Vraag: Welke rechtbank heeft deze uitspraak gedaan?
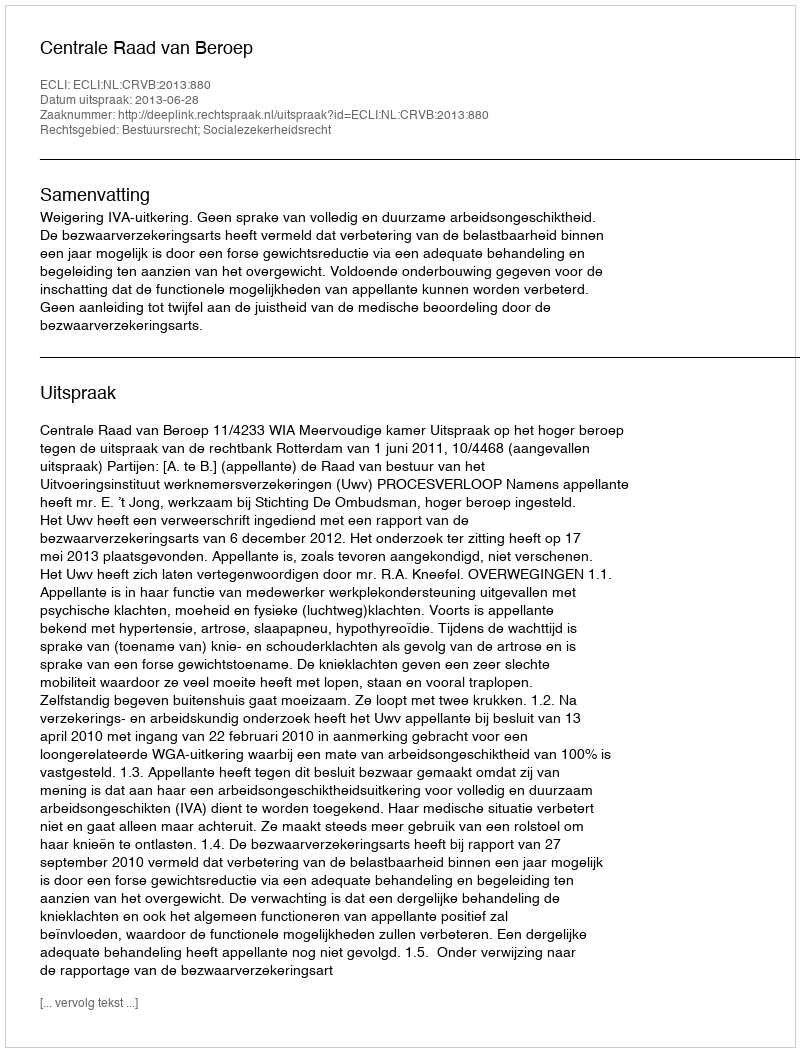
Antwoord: Centrale Raad van Beroep